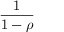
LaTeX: \frac { 1 } { 1 - \rho }